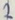
Text: 2